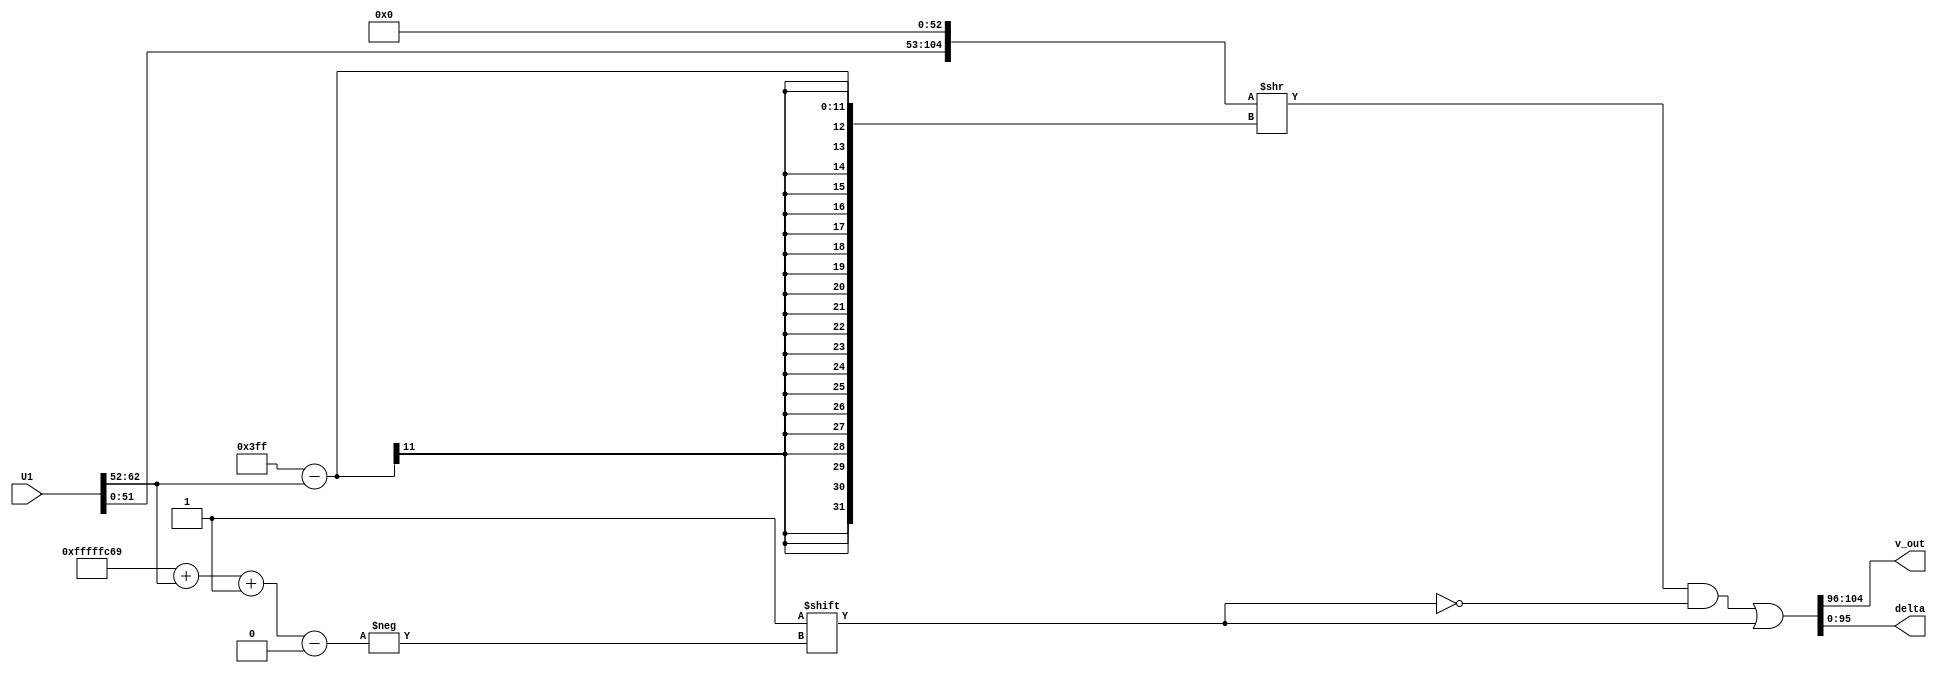

module U1_denorm(U1, v_out, delta);
//---------------INPUTS & OUTPUTS---------------//
//input         pushin;
input  [63:0] U1;
output [8:0]  v_out;
output [95:0] delta;
//output        pushout;
//------------------PARAMETERS-----------------//
parameter bias = 1023;
//-------------------VARIABLES-----------------//
reg [104:0] fract, fractS;
reg [10:0] exp;
reg [8:0]  resout;
reg [95:0] d_out;
reg        shift;
//-----------------ASSIGNMENTS-----------------//
assign v_out = resout;
assign delta = d_out;
//assign pushout = pushin;
/////////////////////////////////////////////////
always @ (*) begin
  //$display ("INSIDE U1_DENORM\n");
  exp        = U1[62:52];
  fract      = { U1[51:0],53'b0 };
  //$display ("Values assigned");
  //$display ("exp: %b\n", exp);
  //$display ("fract: %b\n", fract); 
  /*
  if ((bias-exp) >52) begin
    fractS = 105'b0;
  end else begin
    fractS = fract >> (bias-exp);//shift by exponent 
    fractS[104-bias+exp+1] = 1;//put a 1 in lsb of the shift
  end 
    resout = fractS[104:96];//9 bits
    d_out = fractS[95:0];//96 bits 
    */
  
  fractS = fract >> (bias-exp);//shift by exponent 
  fractS[104-bias+exp+1] = 1;//put a 1 in lsb of the shift

  resout = fractS[104:96];//9 bits
  d_out = fractS[95:0];//96 bits */
  //$display ("OUT OF U1_denorm\n\n");
end

endmodule